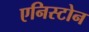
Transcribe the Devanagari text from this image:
एनिस्टोन